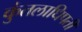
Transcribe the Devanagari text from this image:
कुंतलाधिपती